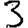
Digit: 3